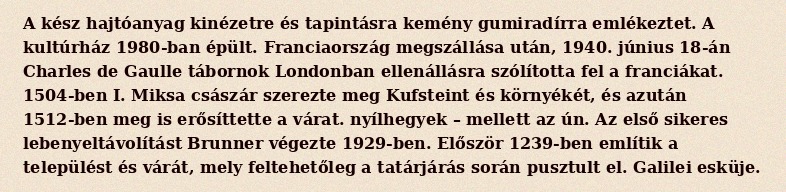
A kész hajtóanyag kinézetre és tapintásra kemény gumiradírra emlékeztet. A kultúrház 1980-ban épült. Franciaország megszállása után, 1940. június 18-án Charles de Gaulle tábornok Londonban ellenállásra szólította fel a franciákat. 1504-ben I. Miksa császár szerezte meg Kufsteint és környékét, és azután 1512-ben meg is erősíttette a várat. nyílhegyek – mellett az ún. Az első sikeres lebenyeltávolítást Brunner végezte 1929-ben. Először 1239-ben említik a települést és várát, mely feltehetőleg a tatárjárás során pusztult el. Galilei esküje.